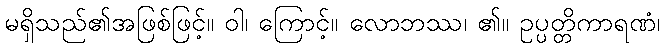
မရှိသည်၏အဖြစ်ဖြင့်။ ဝါ၊ ကြောင့်။ လောဘဿ၊ ၏။ ဥပ္ပတ္တိကာရဏံ၊